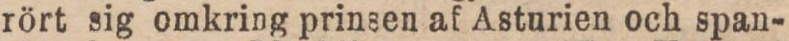
rört sig omkring prinsen af Asturien och span-